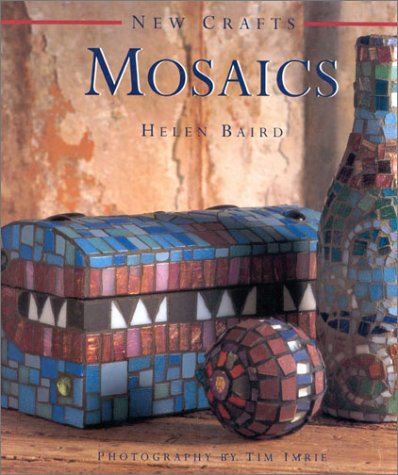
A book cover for Mosaics (New Crafts); Helen Baird; Arts & Photography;